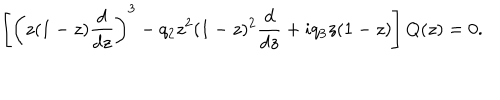
\left[ \left( z ( 1 - z ) { \frac { d } { d z } } \right) ^ { 3 } - q _ { 2 } z ^ { 2 } ( 1 - z ) ^ { 2 } { \frac { d } { d z } } + i q _ { 3 } z ( 1 - z ) \right] Q ( z ) = 0 .